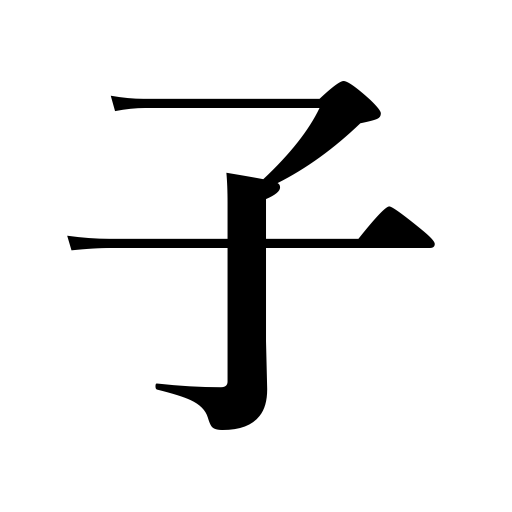
Meanings: master,offspring,the young of animals,male,fruit,viscount,child,seed